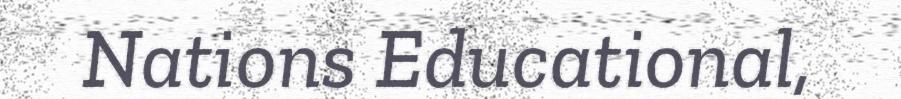
Nations Educational,